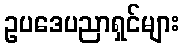
ဥပဒေပညာရှင်များ